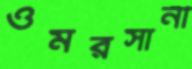
ওমরসানী